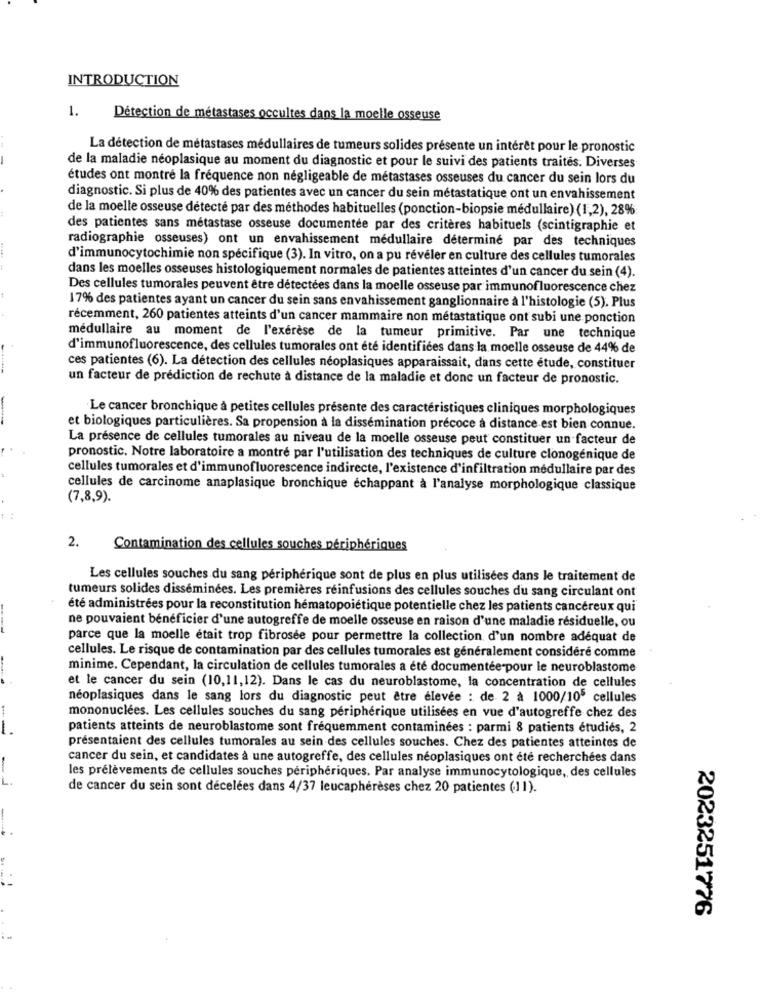
INTRODUCTION
1.
Détection de métastases occultes dans la moelle osseuse
La détection de métastases médullaires de tumeurs solides présente un intérêt pour le pronostic
de la maladie néoplasique au moment du diagnostic et pour le suivi des patients traités. Diverses
études ont montré la fréquence non négligeable de métastases osseuses du cancer du sein lors du
diagnostic. Si plus de 40% des patientes avec un cancer du sein métastatique ont un envahissement
de la moelle osseuse détecté par des méthodes habituelles (ponction-biopsie médullaire) (1,2), 28%
des patientes sans métastase osseuse documentée par des critères habituels (scintigraphie et
radiographie osseuses) ont un envahissement médullaire déterminé par des techniques
d'immunocytochimie non spécifique (3). In vitro, on a pu révéler en culture des cellules tumorales
dans les moelles osseuses histologiquement normales de patientes atteintes d'un cancer du sein (4).
Des cellules tumorales peuvent être détectées dans la moelle osseuse par immunofluorescence chez
17% des patientes ayant un cancer du sein sans envahissement ganglionnaire à l'histologie (5). Plus
récemment, 260 patientes atteints d'un cancer mammaire non métastatique ont subi une ponction
médullaire au moment de l'exérèse de la tumeur primitive. Par une technique
d'immunofluorescence, des cellules tumorales ont été identifiées dans la moelle osseuse de 44% de
ces patientes (6). La détection des cellules néoplasiques apparaissait, dans cette étude, constituer
un facteur de prédiction de rechute à distance de la maladie et donc un facteur de pronostic.
Le cancer bronchique à petites cellules présente des caractéristiques cliniques morphologiques
et biologiques particulières. Sa propension à la dissémination précoce à distance est bien connue.
La présence de cellules tumorales au niveau de la moelle osseuse peut constituer un facteur de
pronostic. Notre laboratoire a montré par l'utilisation des techniques de culture clonogénique de
cellules tumorales et d'immunofluorescence indirecte, l'existence d'infiltration médullaire par des
cellules de carcinome anaplasique bronchique échappant à l'analyse morphologique classique
(7,8,9).
2.
Contamination des cellules souches périphériques
Les cellules souches du sang périphérique sont de plus en plus utilisées dans le traitement de
tumeurs solides disséminées. Les premières réinfusions des cellules souches du sang circulant ont
été administrées pour la reconstitution hématopoiétique potentielle chez les patients cancéreux qui
ne pouvaient bénéficier d'une autogreffe de moelle osseuse en raison d'une maladie résiduelle, ou
----
parce que la moelle était trop fibrosee pour permettre la collection d'un nombre adéquat de
cellules. Le risque de contamination par des cellules tumorales est généralement considéré comme
minime. Cependant, la circulation de cellules tumorales a été documentée pour le neuroblastome
et le cancer du sein (10,11,12). Dans le cas du neuroblastome, la concentration de cellules
néoplasiques dans le sang lors du diagnostic peut être élevée : de 2 à 1000/105 cellules
mononuclées. Les cellules souches du sang périphérique utilisées en vue d'autogreffe chez des
-
patients atteints de neuroblastome sont fréquemment contaminées : parmi 8 patients étudiés, 2
présentaient des cellules tumorales au sein des cellules souches. Chez des patientes atteintes de
cancer du sein, et candidates à une autogreffe, des cellules néoplasiques ont été recherchées dans
les prélèvements de cellules souches périphériques. Par analyse immunocytologique, des cellules
de cancer du sein sont décelées dans 4/37 leucaphérèses chez 20 patientes (11).
2023251776